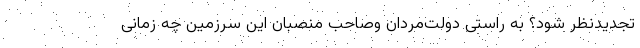
تجدیدنظر شود؟ به راستی دولت‌مردان وصاحب منصبان این سرزمین چه زمانی